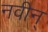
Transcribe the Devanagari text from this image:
नवीन्